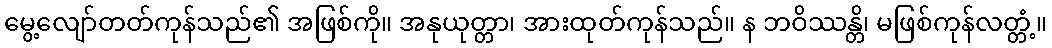
မွေ့လျော်တတ်ကုန်သည်၏ အဖြစ်ကို။ အနုယုတ္တာ၊ အားထုတ်ကုန်သည်။ န ဘဝိဿန္တိ၊ မဖြစ်ကုန်လတ္တံ့။